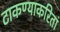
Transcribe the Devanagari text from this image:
टाकण्याकरितां